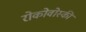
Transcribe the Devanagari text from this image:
रोकोवोस्की